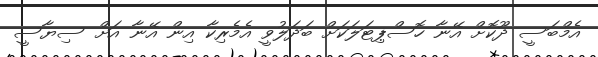
އެމްބަސީ ދޫކޮށް އޭނާ ހޮސްޕިޓަލަކަށް ބަދަލުވީ އެމެރިކާ އިން އޭނާ އަށް ސިޔާސީ